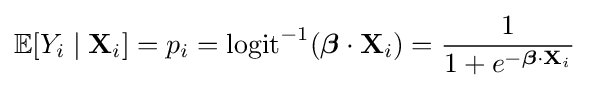
\operatorname {\mathbb {E} } [Y_{i}\mid \mathbf {X} _{i}]=p_{i}=\operatorname {logit} ^{-1}({\boldsymbol {\beta }}\cdot \mathbf {X} _{i})={\frac {1}{1+e^{-{\boldsymbol {\beta }}\cdot \mathbf {X} _{i}}}}